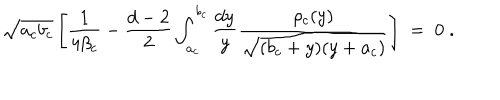
\sqrt { a _ { c } b _ { c } } \left[ { \frac { 1 } { 4 \beta _ { c } } } - { \frac { d - 2 } { 2 } } \int _ { a _ { c } } ^ { b _ { c } } { \frac { d y } { y } } { \frac { \rho _ { c } ( y ) } { \sqrt { ( b _ { c } + y ) ( y + a _ { c } ) } } } \right] \; = \; 0 \; .